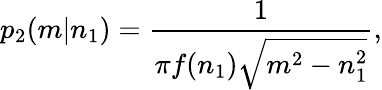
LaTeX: p_{2}(m|n_{1})=\frac{1}{\pi f(n_{1})\sqrt{m^{2}-n_{1}^{2}}},